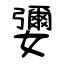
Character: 㜷